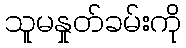
သူမနှုတ်ခမ်းကို